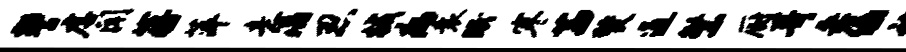
警虐闻蒋萍意漓忍械病衰眠寒茜燹通繁厨哥桑绿褚